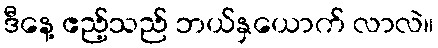
ဒီနေ့ ဧည့်သည် ဘယ်နှယောက် လာလဲ။